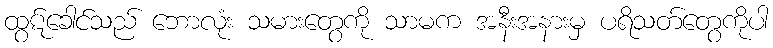
ထွဋ်ခေါင်သည် ဘောလုံး သမားတွေကို သာမက အနီးအနားမှ ပရိသတ်တွေကိုပါ